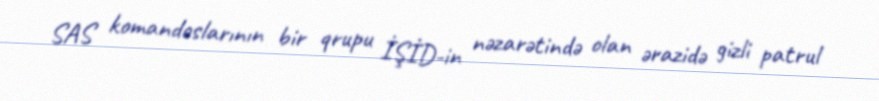
SAS komandoslarının bir qrupu İŞİD-in nəzarətində olan ərazidə gizli patrul